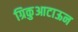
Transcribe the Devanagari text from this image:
ग्रिकुआटाऊन